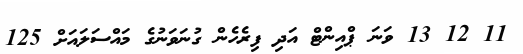
11 12 13 ވަނަ ޕްއިންޓް އަދި ފިރެހެން ގުނަވަނުގެ މައްސަލައަށް 125